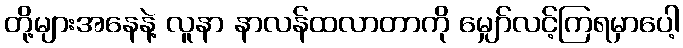
တို့များအနေနဲ့ လူနာ နာလန်ထလာတာကို မျှော်လင့်ကြရမှာပေါ့